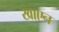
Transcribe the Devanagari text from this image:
खाएन